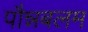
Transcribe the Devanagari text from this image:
पौन्नबलम